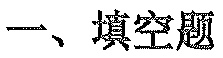
一、填空题